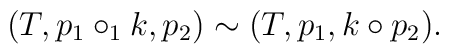
(T, p_1 \circ_1 k, p_2) \sim (T, p_1, k \circ p_2) .